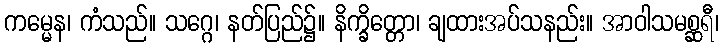
ကမ္မေန၊ ကံသည်။ သဂ္ဂေ၊ နတ်ပြည်၌။ နိက္ခိတ္တော၊ ချထားအပ်သနည်း။ အာဝါသမစ္ဆရီ၊